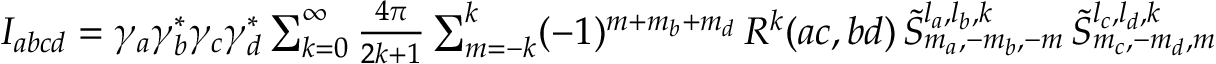
\begin{array} { r } { I _ { a b c d } = \gamma _ { a } \gamma _ { b } ^ { * } \gamma _ { c } \gamma _ { d } ^ { * } \sum _ { k = 0 } ^ { \infty } \frac { 4 \pi } { 2 k + 1 } \sum _ { m = - k } ^ { k } ( - 1 ) ^ { m + m _ { b } + m _ { d } } \, R ^ { k } ( a c , b d ) \, \tilde { S } _ { m _ { a } , - m _ { b } , - m } ^ { l _ { a } , l _ { b } , k } \, \tilde { S } _ { m _ { c } , - m _ { d } , m } ^ { l _ { c } , l _ { d } , k } } \end{array}